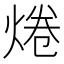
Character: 𤉼